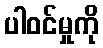
ပါဝင်မှုကို